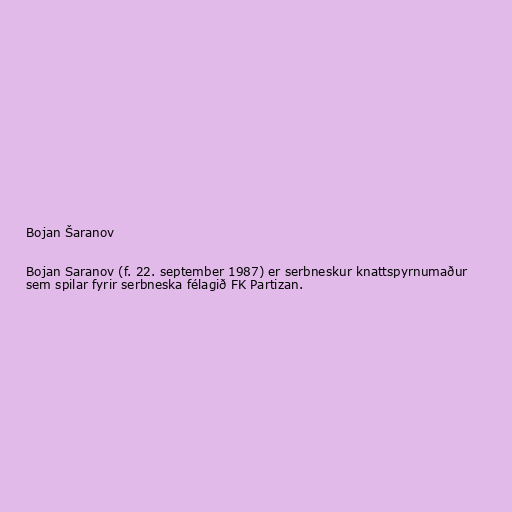
Bojan Šaranov

Bojan Saranov (f. 22. september 1987) er serbneskur knattspyrnumaður
sem spilar fyrir serbneska félagið FK Partizan.